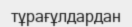
тұрағұлдардан